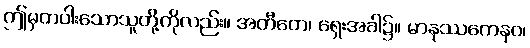
ဤမှတပါးသောသူတို့ကိုလည်း။ အတီတေ၊ ရှေးအခါ၌။ မာနုဿကေနဝ၊